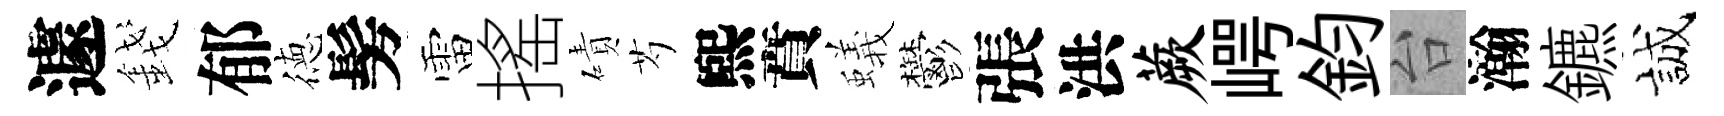
遽錢郁徳髣雷搖磧芍煕賁蟻鬱張洪蕨崿鈞台瀚鑣誠